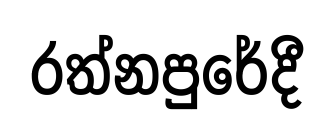
රත්නපුරේදී